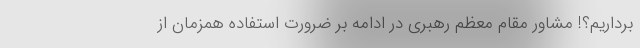
برداریم؟! مشاور مقام معظم رهبری در ادامه بر ضرورت استفاده همزمان از